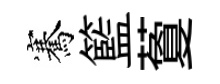
騫籃藑